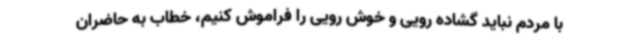
با مردم نباید گشاده رویی و خوش رویی را فراموش کنیم، خطاب به حاضران